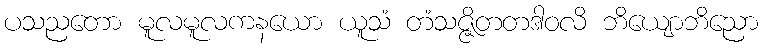
ပသညတော မူလမူလကနယော ယူသံ တံသဇ္ဇိတတဒါဝလိ ဘိယျောဘိညော